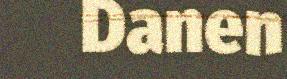
Danen